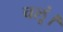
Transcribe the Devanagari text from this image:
चलूं।